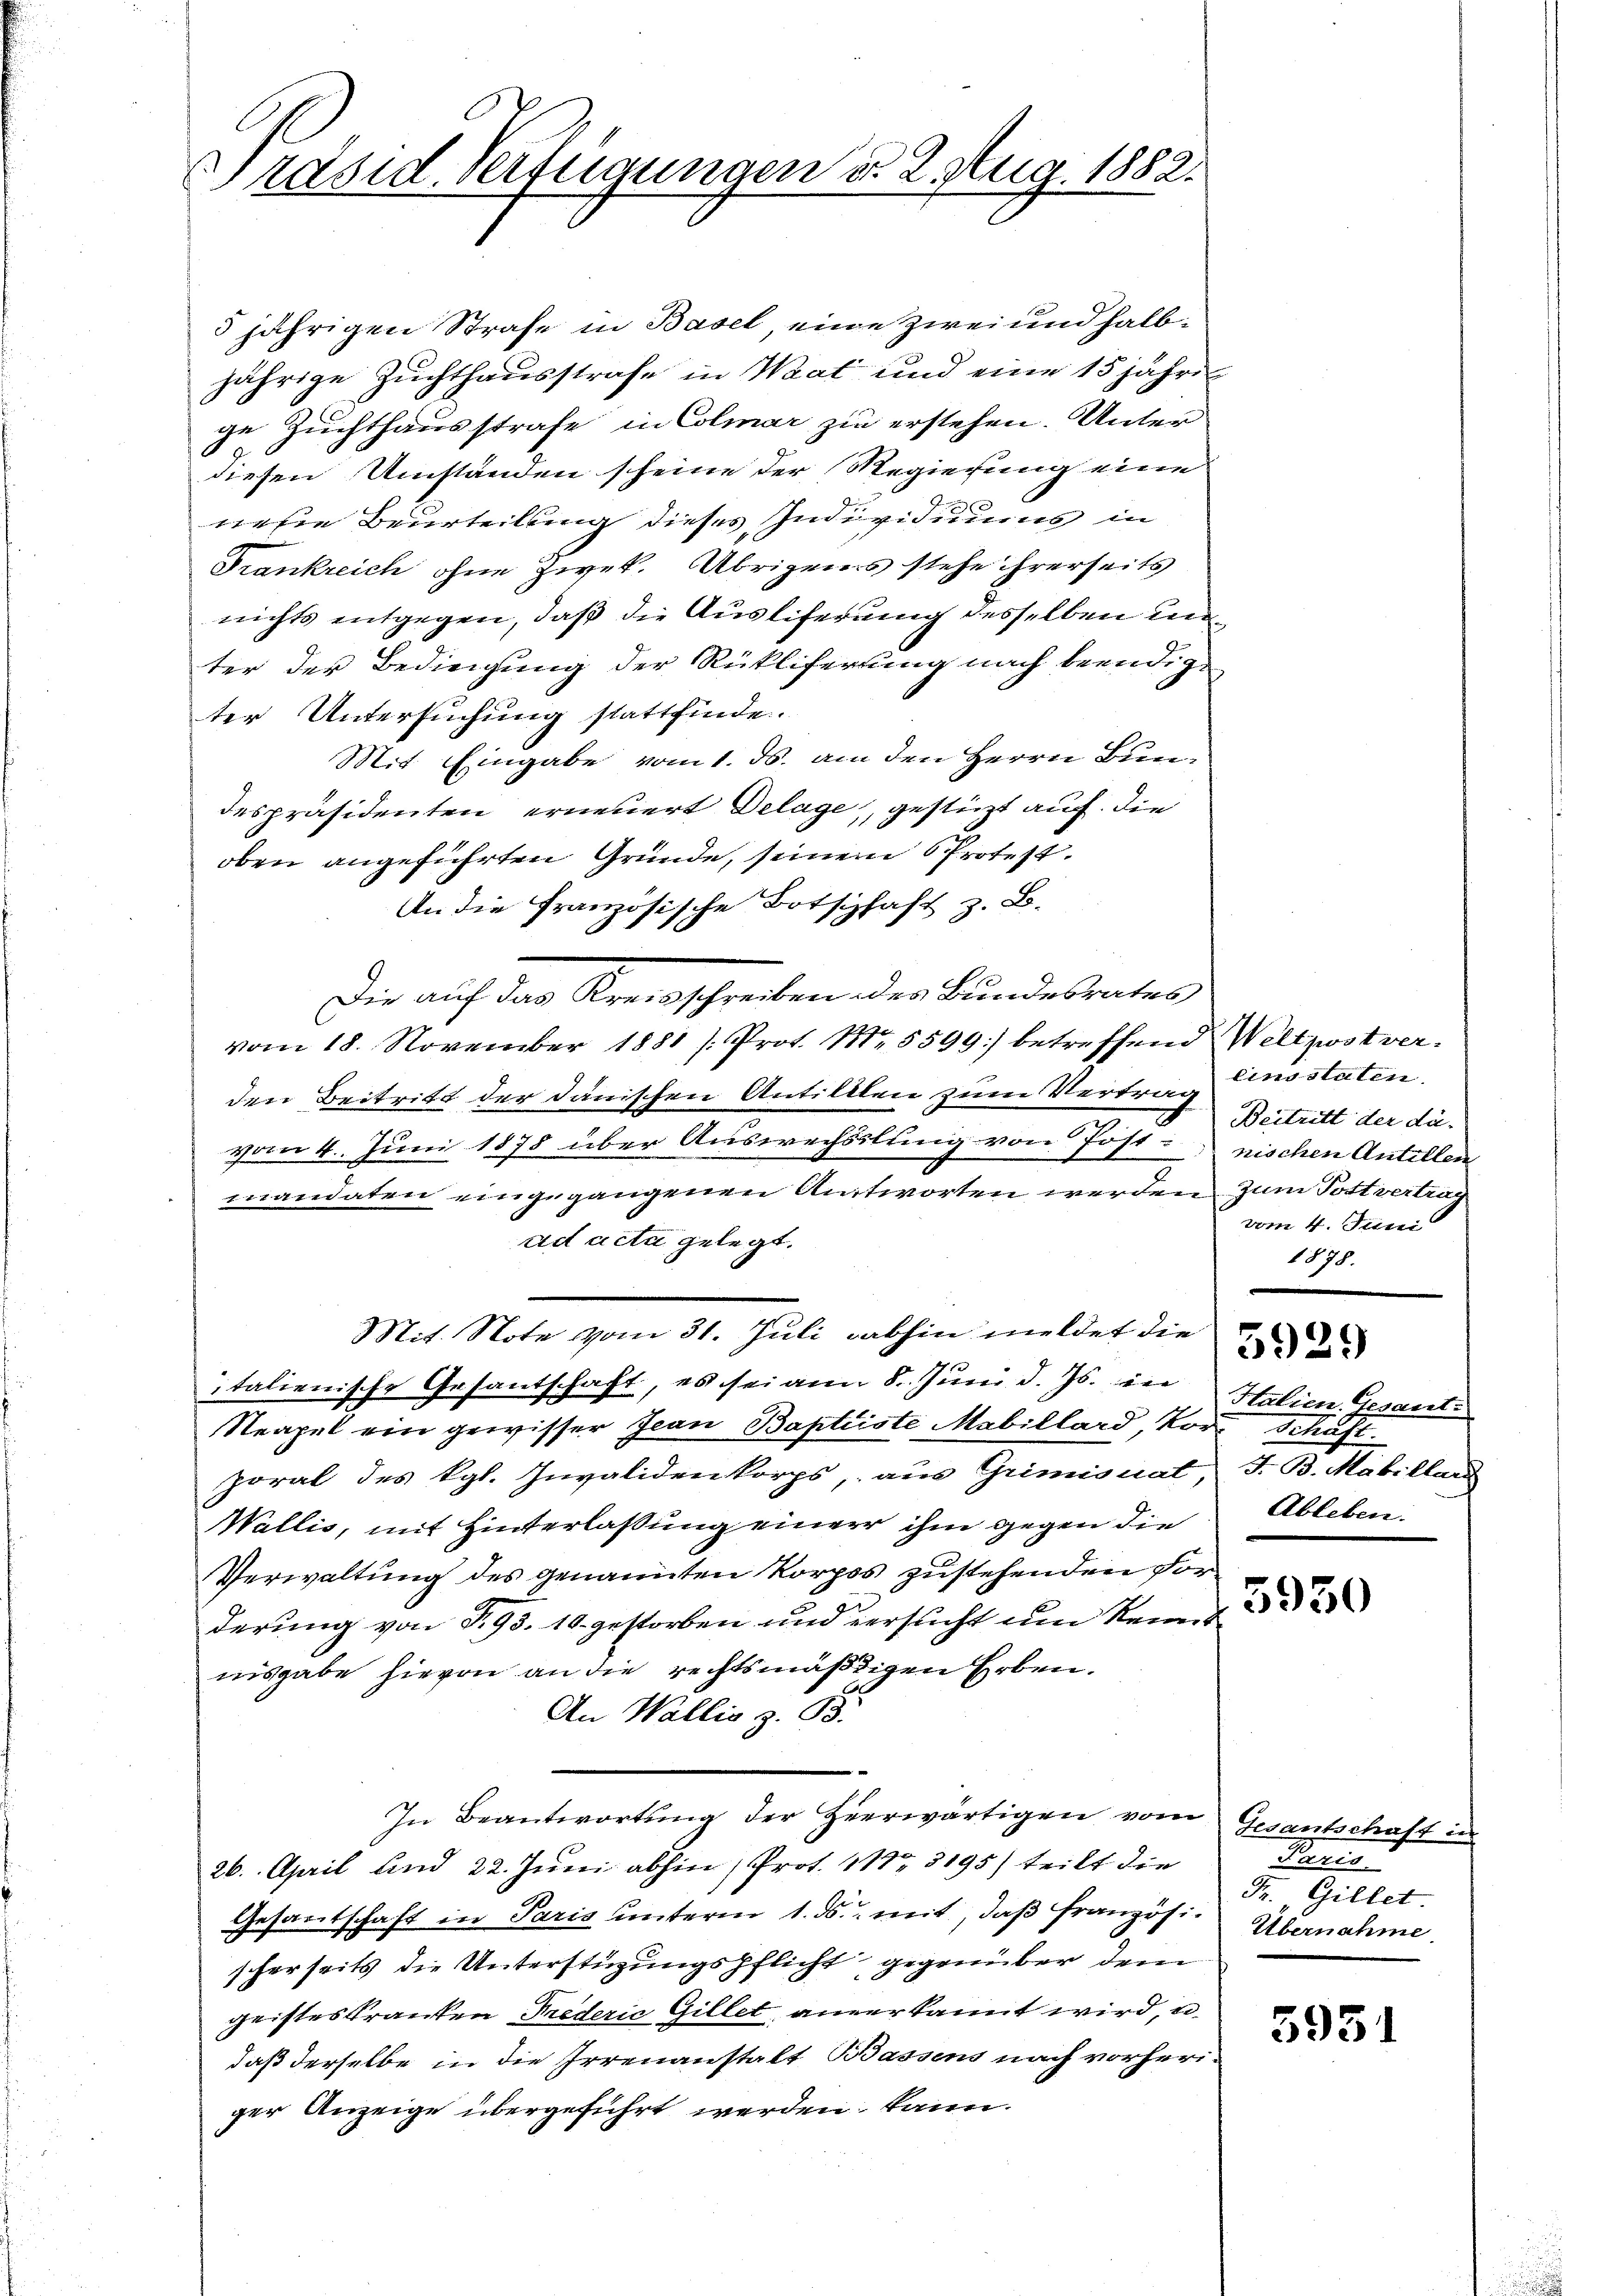
Präsid. Verfügungen do 2. Aug. 1882.

5 jährigen Strafe in Basel, eine zwei und halbjährige Zuchthausstrafe in Waat und eine 15 jähren
ge Zuchthausstrafe in Colmar zu erstehen. Unter
3
diesen Umständen scheine der Regierung eine
nese Beurteilung dieses Individuums in
Frankreich ohne Zwek. Übrigens stehe ihrerseits
nichts entgegen, daß die Ausliferung desselben unter der Bedingung der Rükliferung nach beendig
ter Untersuchung stattfinde.
Mit Eingabe vom 1. ds. am den Herrn Bundespräsidenten erneuert Delage, gestüzt auf die
oben angeführten Gründe, seinem Protest.
An die Französische Botschaft z. B.
Die auf das Kreisschreiben der Bundesrates
vom 18. November 1881 /: Prof. Mr. 5599) betreffend Weltzwstverden Beitritt der danischen Antilllen zum Vertrag einsstaten.
vom 4. Juni 1878 über Auswechslung von Post-
mandaten eingegangenen Antworten werden zum Tott vertrag
ad acta gelegt.
Mit. Note vom 31. Juli abhin meldet die
italienische Gesantschaft, es sei am 8. Juni d. Js. in
Neapel ein gewisser Jean Baptiste Mabillard, Vor Schaft.
poral des kgl. Invalidenkorps, aus Grimisuat, J. B. Marillau
Wallis, mit Hinterlassung einer ihm gegen die
Verwaltung des genannten Korpos zustehenden Vorderung von P. 93. 10. gestorben und versucht um Reint
nisgabe hievon an die rechtsmäßigen Erben.
An Wallis z. B.
In Beantwortŭng der Heerwärtigen vom Gesantschaft in
26. April und 22. Juni abhin , Prot. 118. 3195) teilt die
Gesandschaft in Paris unterm 1. ds. mit, daß französi- Übernahme.
scherseits die Unterstüzungspflicht gegenüber dem
geistes Krankten Frederić Gillet anverkannt wird, u.
daß derselbe in die Irrenanstalt Bassens nach vorheriger Anzeige übergeführt werden, kann.

Beitritt der da-
nischen Antillen
vom 4. Juni
1878.
5929
Halien. Gesanti
Ableben.

5950

Paris
Fr. Gillet.

5951